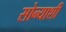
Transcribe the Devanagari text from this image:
सोन्याशी